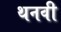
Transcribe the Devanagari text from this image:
थनवी